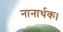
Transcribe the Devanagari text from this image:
नानार्थक।